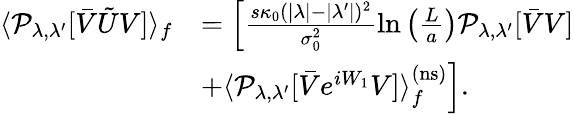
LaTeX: \begin{array}{rl}{\langle\mathcal{P}_{\lambda,\lambda^{\prime}}[\bar{V}\tilde{U}V]\rangle_{f}}&{=\left[\frac{s\kappa_{0}(|\lambda|-|\lambda^{\prime}|)^{2}}{\sigma_{0}^{2}}\ln\left(\frac{L}{a}\right)\mathcal{P}_{\lambda,\lambda^{\prime}}[\bar{V}V]\right.}\\ &{\left.+\langle\mathcal{P}_{\lambda,\lambda^{\prime}}[\bar{V}e^{iW_{1}}V]\rangle_{f}^{\mathrm{(ns)}}\right].}\end{array}